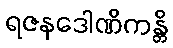
ရဇနဒေါဏိကန္တိ